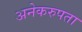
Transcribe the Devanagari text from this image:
अनेकरुपता